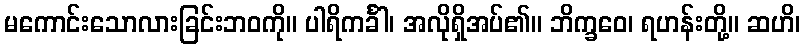
မကောင်းသောလားခြင်းဘဝကို။ ပါရိကင်္ခါ၊ အလိုရှိအပ်၏။ ဘိက္ခဝေ၊ ရဟန်းတို့။ ဆဟိ၊